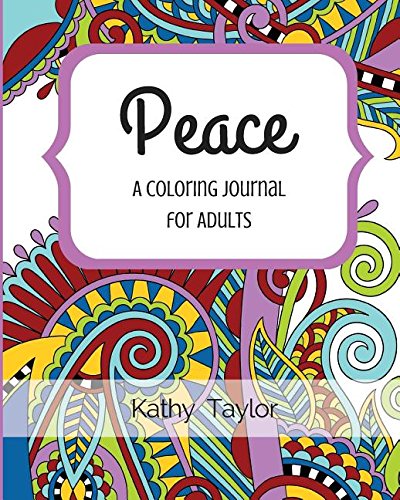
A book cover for Peace: A Coloring Journal for Adults; Kathy Taylor; Self-Help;